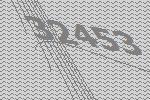
32453